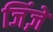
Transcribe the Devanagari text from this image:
जिंज़ें